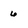
Character: 6